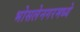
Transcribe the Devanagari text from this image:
भोसलेनगरमध्ये